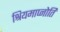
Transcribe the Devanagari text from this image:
श्रियमाप्नोति